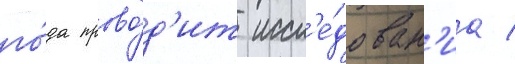
го́да прово́д'ит иссл'е́дован'иа /